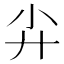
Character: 𡭛